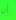
أن